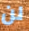
لن